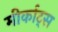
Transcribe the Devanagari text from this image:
मीर्काट्स